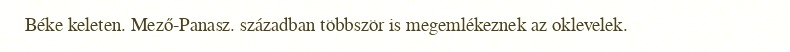
Béke keleten. Mező-Panasz. században többször is megemlékeznek az oklevelek.